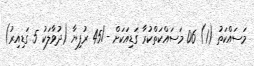
މަސައްކަތު (1) 06 މަސައްކަތްކުރާ ގަޑިއަކަށް -/45 ރުފިޔާ (ދުވާލަކު 5 ގަޑިއިރު)